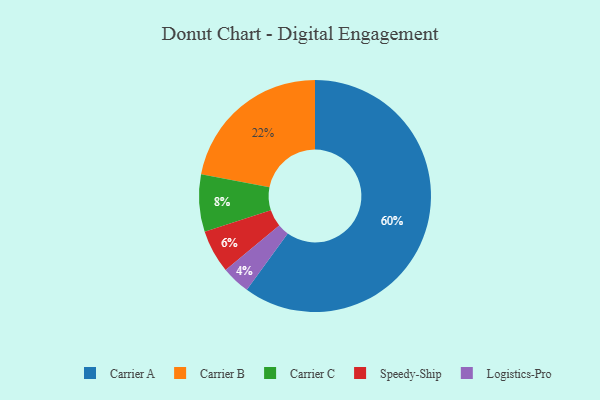
{"axis": {"x": "Category", "y": "Percentage"}, "legend": ["Carrier A", "Carrier B", "Carrier C", "Logistics-Pro", "Speedy-Ship"], "data": [{"x": "Carrier A", "y": 60, "type": "Carrier A"}, {"x": "Carrier B", "y": 22, "type": "Carrier B"}, {"x": "Logistics-Pro", "y": 4, "type": "Logistics-Pro"}, {"x": "Speedy-Ship", "y": 6, "type": "Speedy-Ship"}, {"x": "Carrier C", "y": 8, "type": "Carrier C"}]}